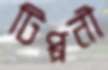
টিপ্পনী